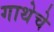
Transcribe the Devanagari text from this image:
गाथेचे